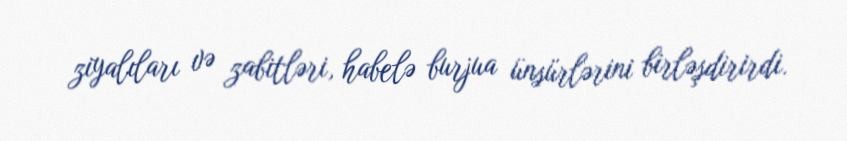
ziyalıları və zabitləri, habelə burjua ünsürlərini birləşdirirdi.